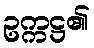
ဥက္ကဋ္ဌ၏